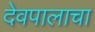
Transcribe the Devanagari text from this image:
देवपालाचा